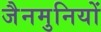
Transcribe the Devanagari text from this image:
जैनमुनियों